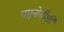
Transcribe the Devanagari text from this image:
यमुनोत्रीशी